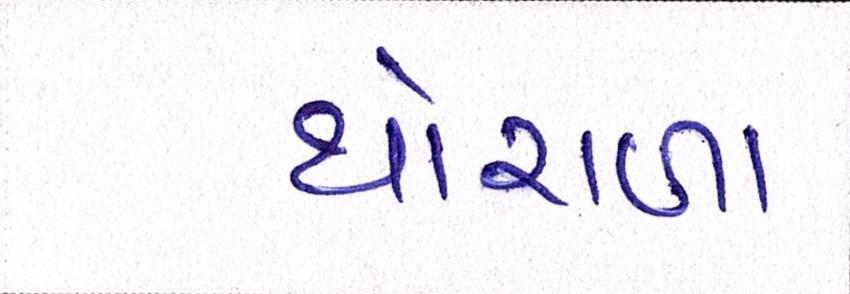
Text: થોરાળા